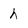
Character: h